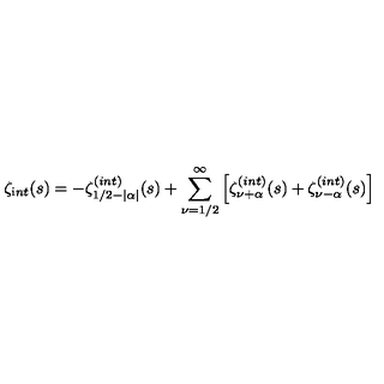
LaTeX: \zeta _ { \mathrm i n t } ( s ) = - \zeta _ { 1 / 2 - | \alpha | } ^ { \mathrm ( i n t ) } ( s ) + \sum _ { \nu = 1 / 2 } ^ { \infty } \left[ \zeta _ { \nu + \alpha } ^ { \mathrm ( i n t ) } ( s ) + \zeta _ { \nu - \alpha } ^ { \mathrm ( i n t ) } ( s ) \right]